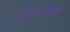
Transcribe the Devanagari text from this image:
अलगारोविल्ला